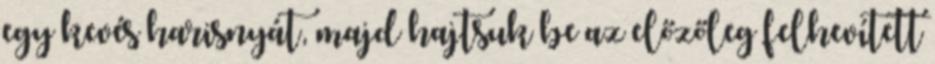
egy kevés harisnyát, majd hajtsuk be az előzőleg felhevített